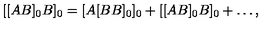
[ [ A B ] _ { 0 } B ] _ { 0 } = [ A [ B B ] _ { 0 } ] _ { 0 } + [ [ A B ] _ { 0 } B ] _ { 0 } + \ldots ,